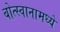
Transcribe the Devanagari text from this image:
बोत्स्वानामध्ये